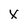
Character: x